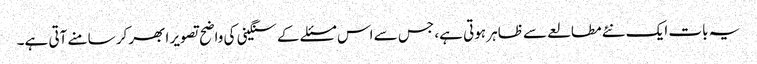
یہ بات ایک نئے مطالعے سے ظاہر ہوتی ہے، جس سے اس مسئلے کے سنگینی کی واضح تصویر ابھر کر سامنے آتی ہے۔